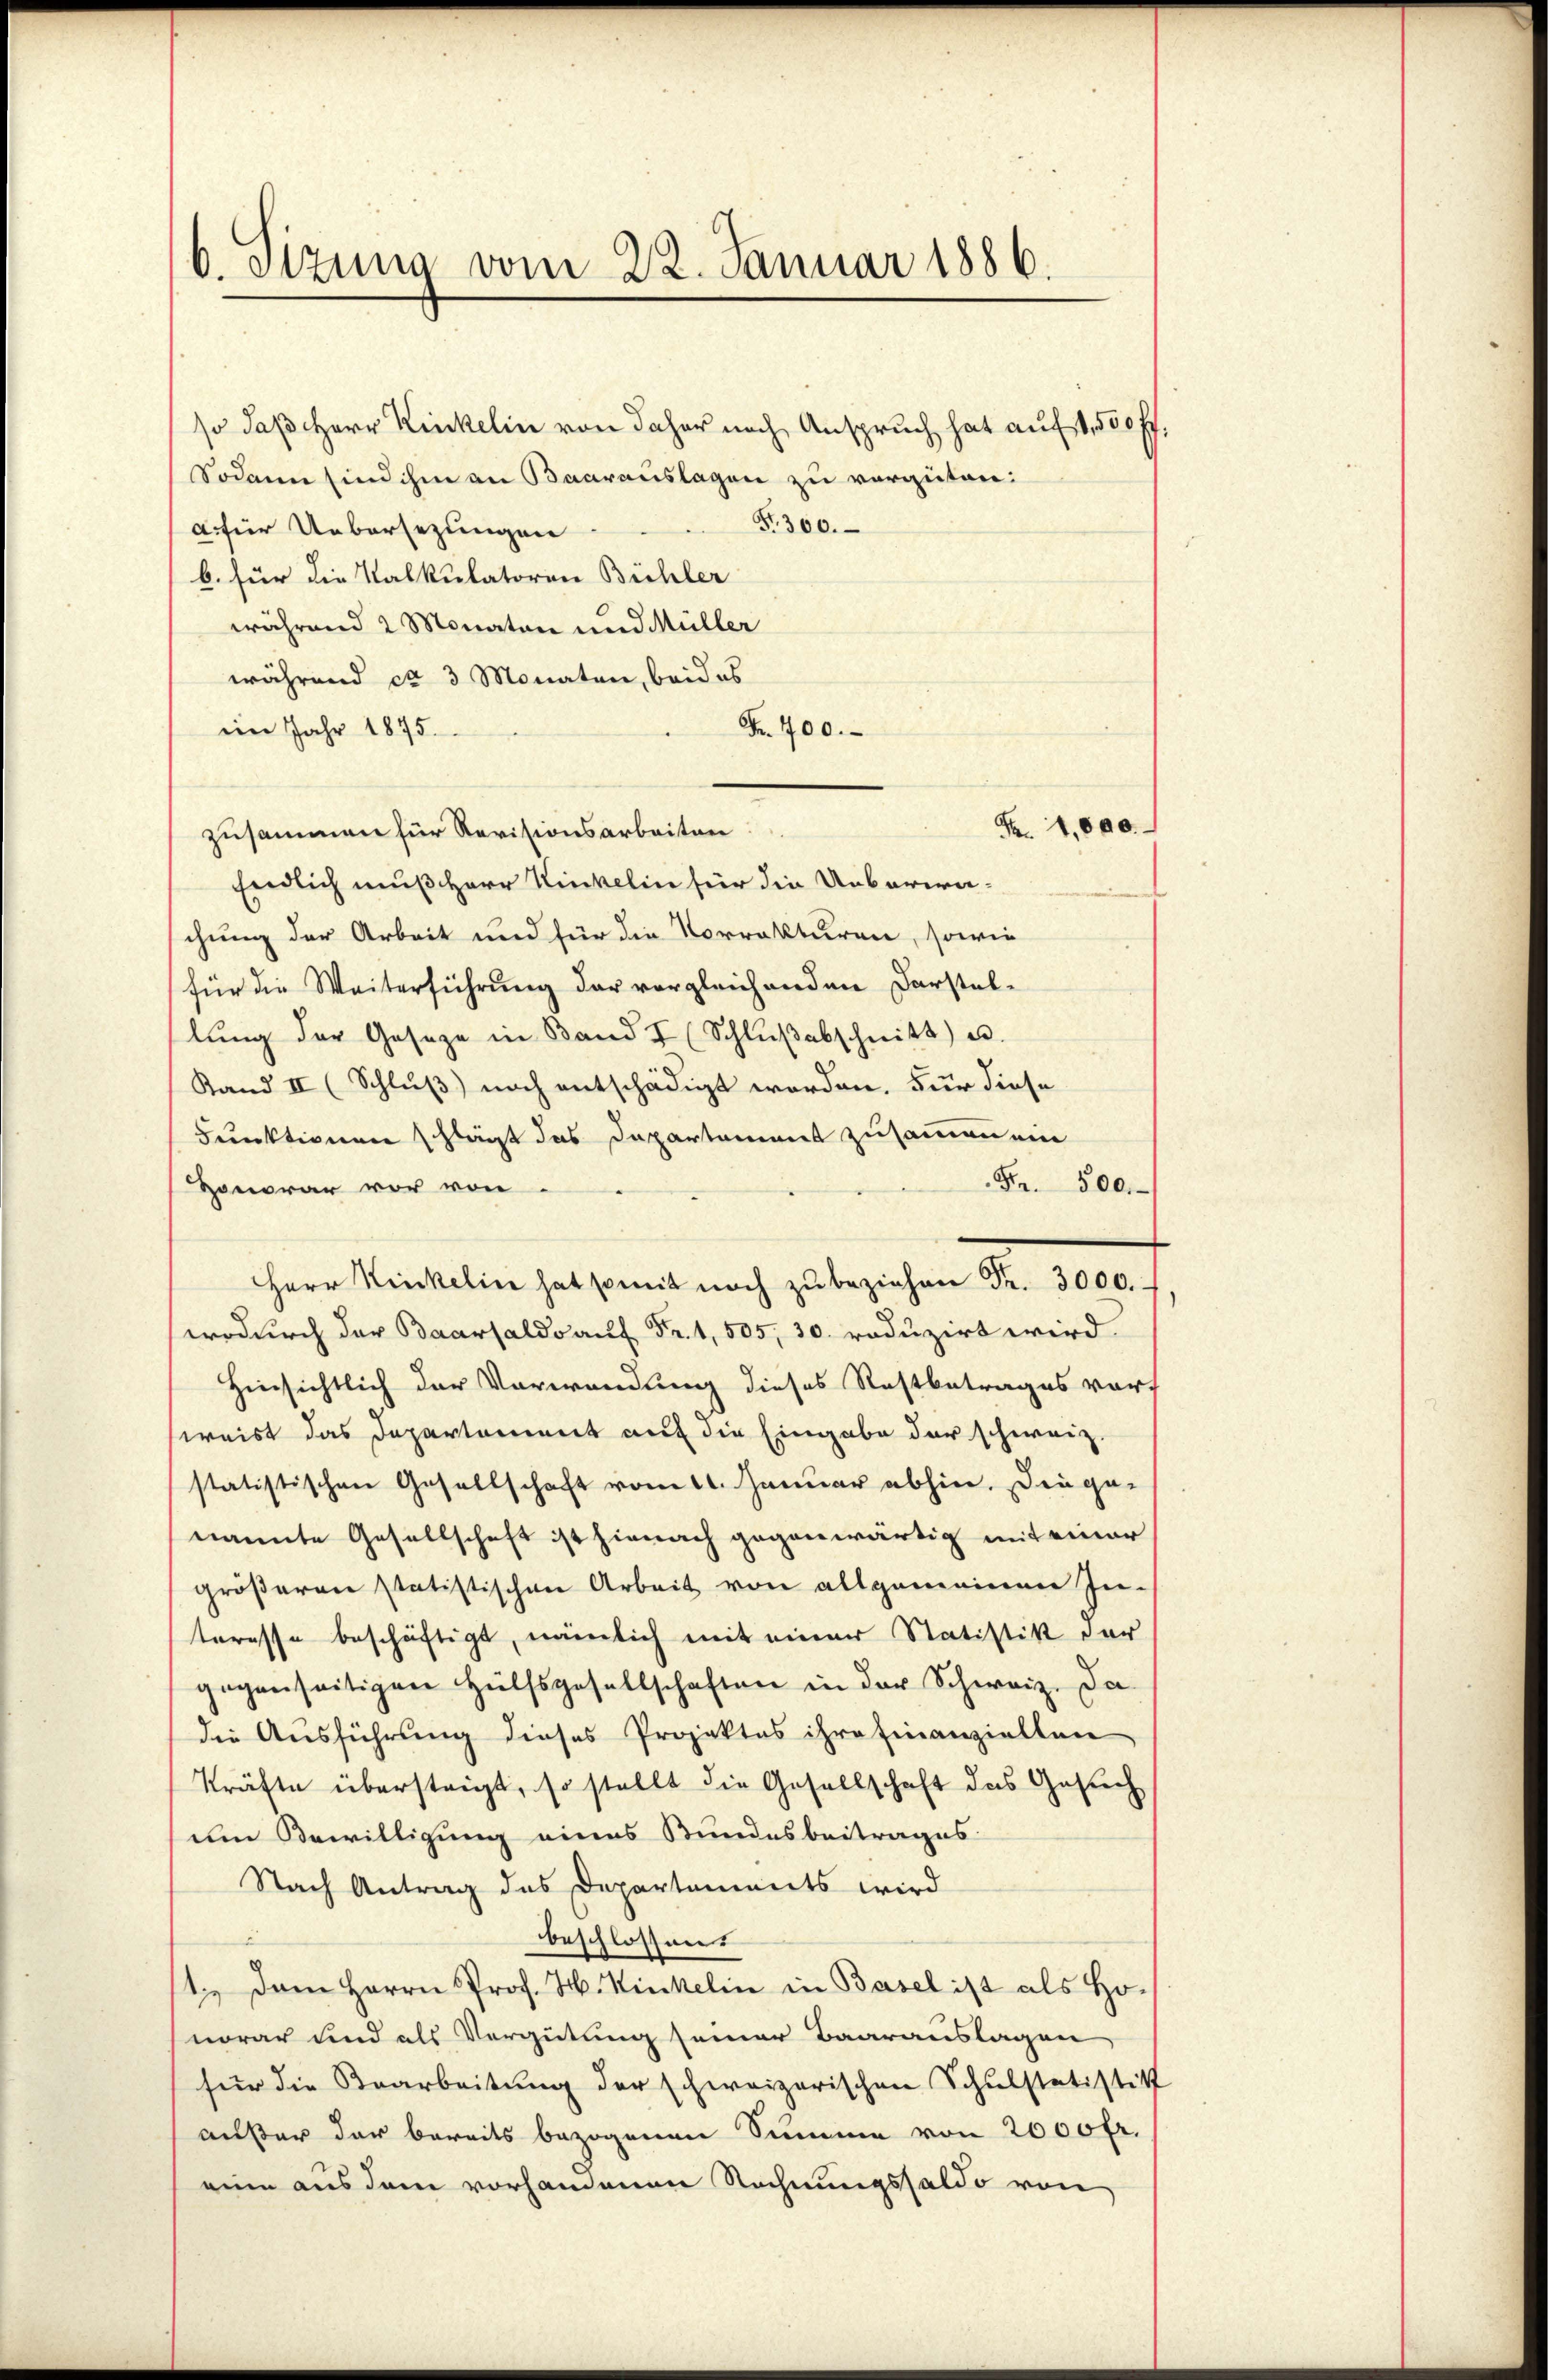
b. Sizung vom 22. Januar 1886.

so daß Herr Kinkelin von daher nach Anspruch hat auf 1,500 ff.
Sodann sind ihm an Baarauslagen zu verguten:
Fr. 300.
a für Uebersezungen
b. für die Kalkulatoren Bühler
während 2 Monaten und Müller
während ca 3 Monaten, beides
Fr. 700.
im Jahr 1875.
Fr. 1000.
zusammen für Revisionsarbeiten
Endlich muß Herr Kinkelin für die Ueberweichung der Arbeit und für die Vorrekturen, sowie
für die Weiterführung der vergleichenden Darstellŭng der Gesetze in Band I (Schlŭβabschnitt u.
Stand II (Schluß) noch entschädigt worden. Für diese
Funktionen schlägt das Departement zusammen ein
Fr. 500.
Honorar vor von
Herr Kinkelin hat somit noch zŭ beziehen Fr. 3000.
wodurch der Baarsaldo auf Fr. 1, 505, 30. reduzirt wird.
Hinsichtlich der Verwendung dieses Restbetrages vorsweist das Departement auf die Eingabe der schweiz
statistischen Gesellschaft vom 11. Januar abhin. Die genannte Gesellschaft ist hienach gegenwärtig mit einer
gröβeren statistischen Arbeit von allgemeinen In-
teresse beschäftigt, nämlich mit einer Statistik der
gegenseitigen Hülfsgesellschaften in der Schweiz. Da
die Aŭsführung dieses Projektes ihre finanziellen
Kräfte übersteigt, so stellt die Gesellschaft das Gesuch
um Bewilligung eines Stundesbeitrages
Nach Antrag des Departements wird
beschlossend
1. Dem Herrn Prof. H. Kinkelin in Basel ist als Honorar und als Vergütung seiner Baarauslagen
für die Bearbeitung der schweizerischen Schulstatistik
außer der bereits bezogenen Summe von 2000 fr.
eine aus dem vorhandenen Rechnungssaldo von